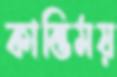
কান্তিময়